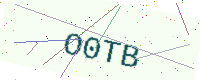
Text: O0TB